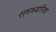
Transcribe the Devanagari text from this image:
समध्वनिक